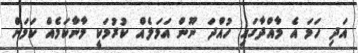
އަދި ހަމަ އެ މާއްދާގައި ހުއްދަ ނޫން އަމަލެއް ކުރުމަކީ މާނާކަމެއް ކަމަށް